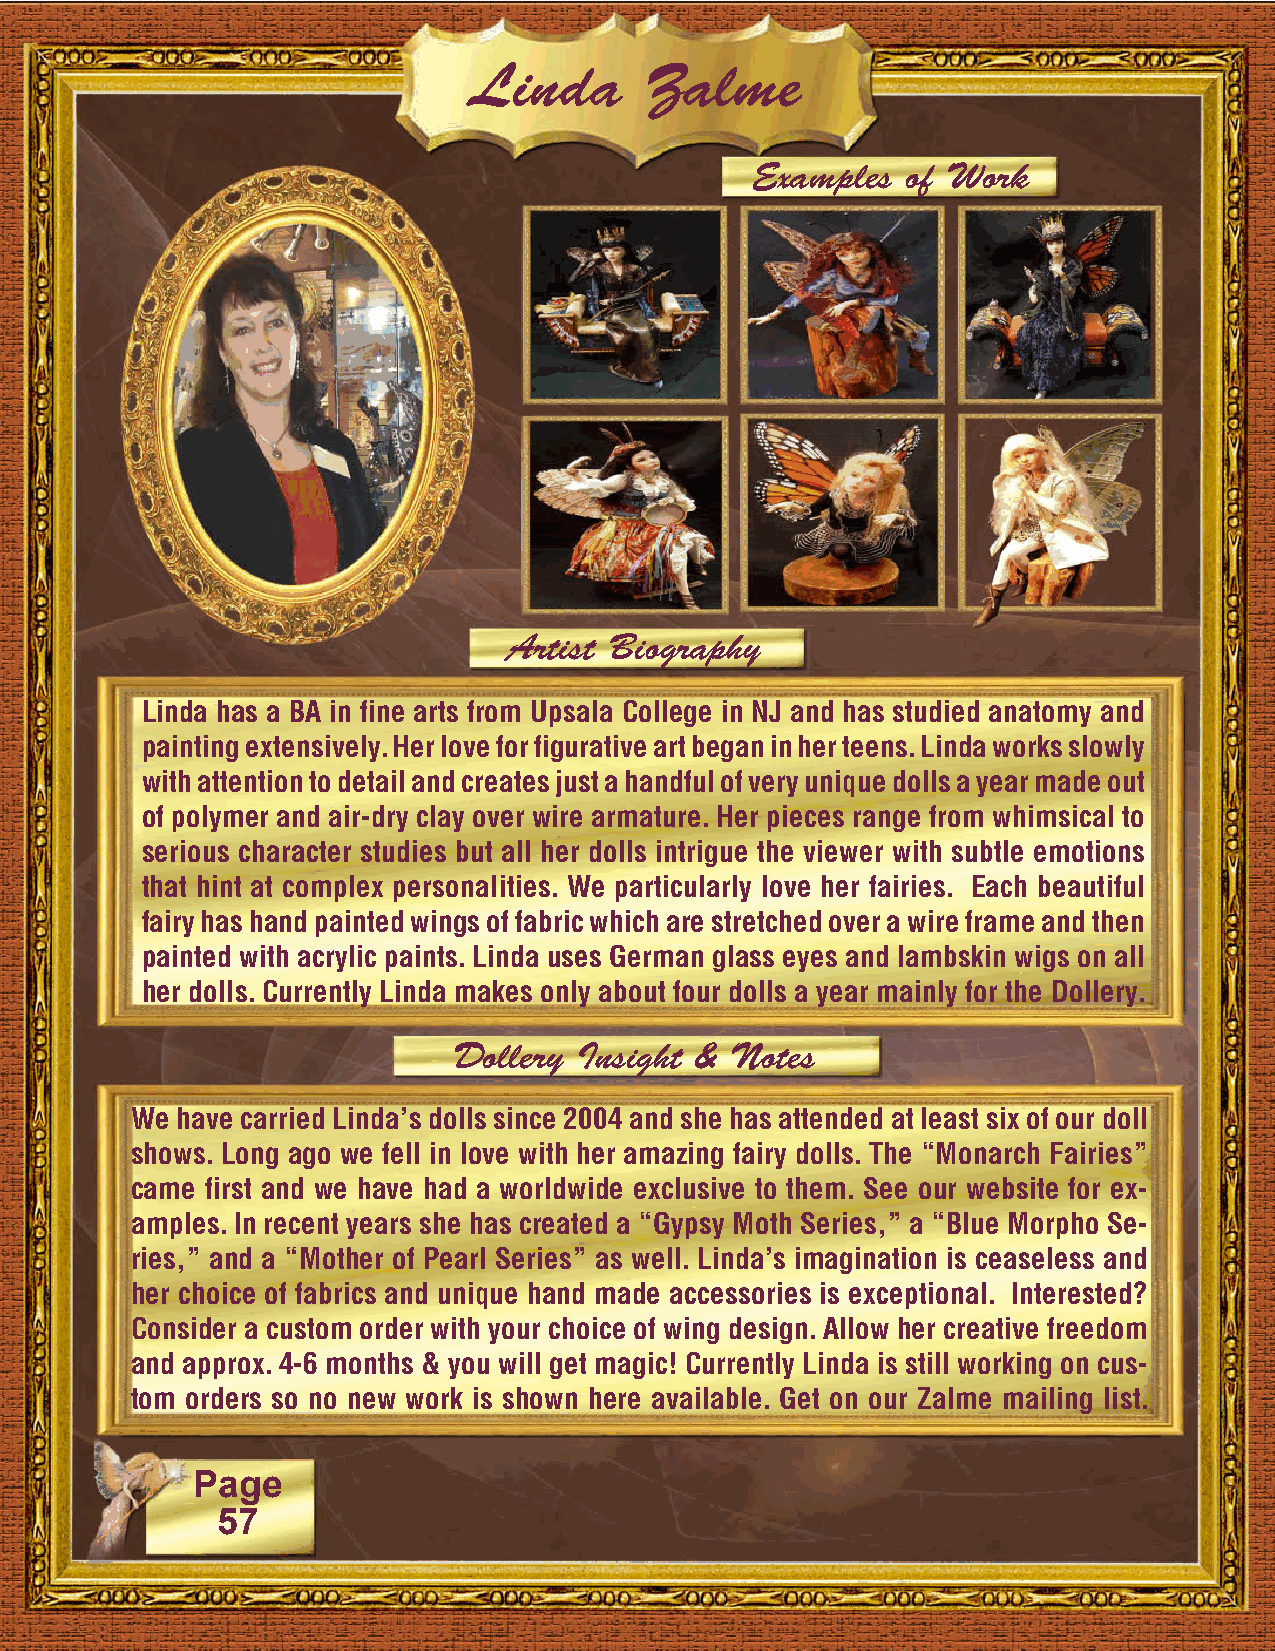
Linda       Zalme
 Examples  of Work
 Artist Biography
 Linda has a BA in fine arts from Upsala College in NJ and has studied anatomy and
 painting extensively. Her love for figurative art began in her teens. Linda works slowly
 with attention to detail and creates just a handful of very unique dolls a year made out
 of polymer and air-dry clay over wire armature. Her pieces range from whimsical to
 serious character studies but all her dolls intrigue the viewer with subtle emotions
 that hint at complex personalities. We particularly love her fairies. Each beautiful
 fairy has hand painted wings of fabric which are stretched over a wire frame and then
 painted with acrylic paints. Linda uses German glass eyes and lambskin wigs on all
 her dolls. Currently Linda makes only about four dolls a year mainly for the Dollery.
 Dollery Insight & Notes
 We have carried Linda’s dolls since 2004 and she has attended at least six of our doll
 shows. Long ago we fell in love with her amazing fairy dolls. The “Monarch Fairies”
 came first and we have had a worldwide exclusive to them. See our website for ex-
 amples. In recent years she has created a “Gypsy Moth Series,” a “Blue Morpho Se-
 ries,” and a “Mother of Pearl Series” as well. Linda’s imagination is ceaseless and
 her choice of fabrics and unique hand made accessories is exceptional. Interested?
 Consider a custom order with your choice of wing design. Allow her creative freedom
 and approx. 4-6 months & you will get magic! Currently Linda is still working on cus-
 tom orders so no new work is shown here available. Get on our Zalme mailing list.
 Page
 57